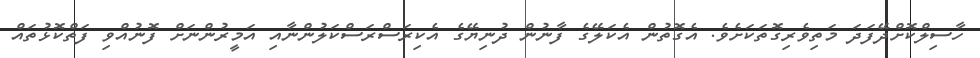
ހާސިލްކޮށްދޭފަދަ މަތިވެރިގޮތަކަށެވެ. އެގޮތުން އެކަލޭގެ ފާނުން ދުނިޔޭގެ އެކިރަސްރަސްކަލުންނާއި އަމީރުންނަށް ފޮނުއްވި ފަތްކޮޅުތައް